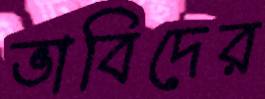
ভাবিদের